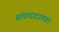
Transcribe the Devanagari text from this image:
संवाददाता।